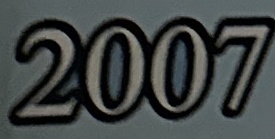
2007